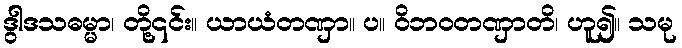
ဒွါဒသဓမ္မာ၊ တို့၎င်း။ ယာယံတဏှာ။ ပ။ ဝိဘဝတဏှာတိ၊ ဟူ၍။ သမု